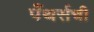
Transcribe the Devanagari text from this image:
पँथर्सची